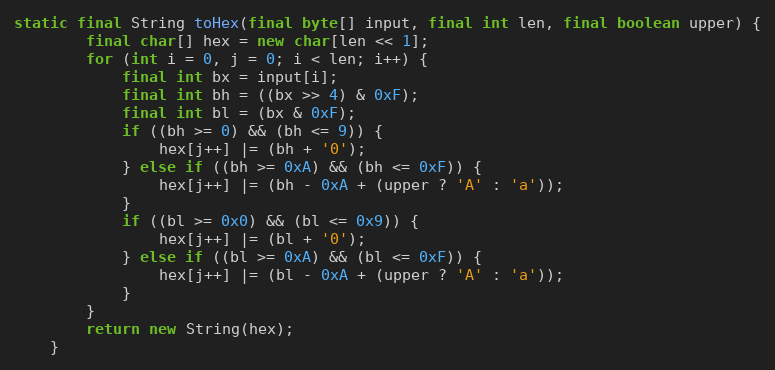
Language: Java
static final String toHex(final byte[] input, final int len, final boolean upper) {
		final char[] hex = new char[len << 1];
		for (int i = 0, j = 0; i < len; i++) {
			final int bx = input[i];
			final int bh = ((bx >> 4) & 0xF);
			final int bl = (bx & 0xF);
			if ((bh >= 0) && (bh <= 9)) {
				hex[j++] |= (bh + '0');
			} else if ((bh >= 0xA) && (bh <= 0xF)) {
				hex[j++] |= (bh - 0xA + (upper ? 'A' : 'a'));
			}
			if ((bl >= 0x0) && (bl <= 0x9)) {
				hex[j++] |= (bl + '0');
			} else if ((bl >= 0xA) && (bl <= 0xF)) {
				hex[j++] |= (bl - 0xA + (upper ? 'A' : 'a'));
			}
		}
		return new String(hex);
	}